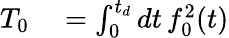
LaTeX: \begin{array}{rl}{T_{0}}&{{}=\int_{0}^{t_{d}}dt\, f_{0}^{2}(t)}\end{array}